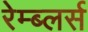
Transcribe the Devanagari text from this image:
रेम्ब्लर्स